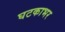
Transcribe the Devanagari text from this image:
घटकाभर